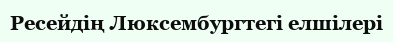
Ресейдің Люксембургтегі елшілері